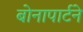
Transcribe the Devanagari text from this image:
बोनापार्टने